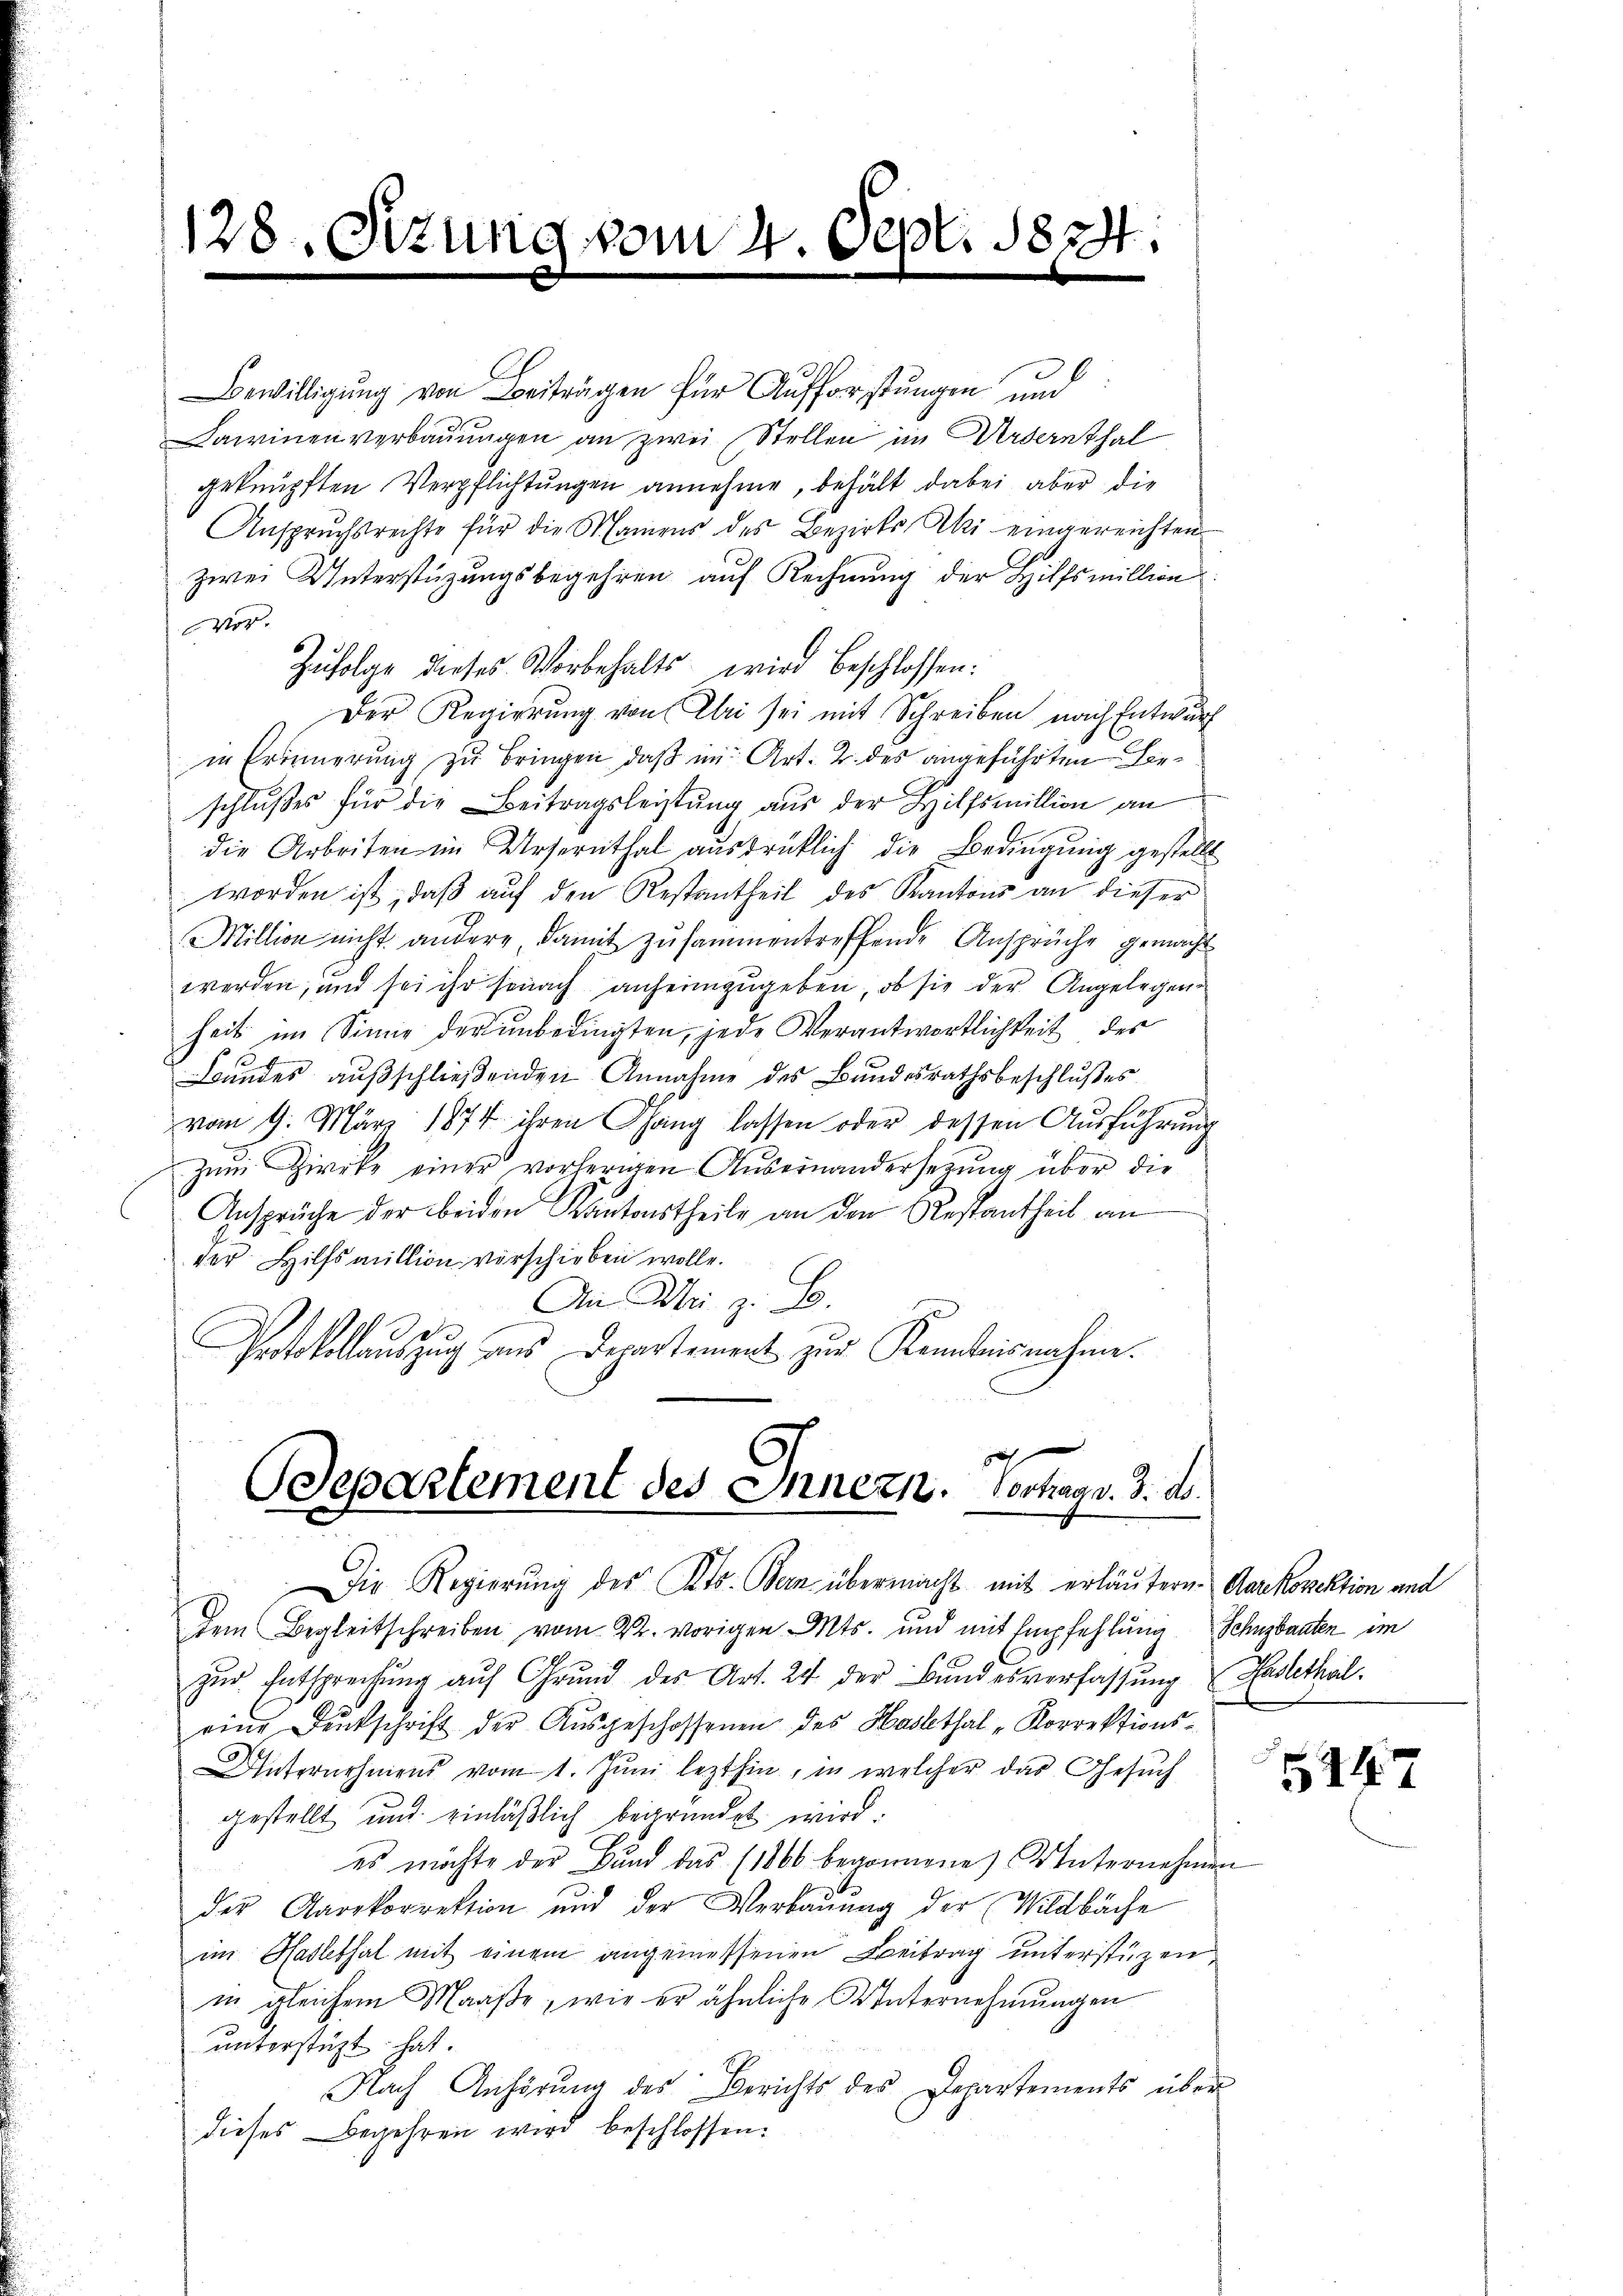
Bewilligung von Beiträgen für Aufforstungen und
Darinen verbauungen an zwei Stellen im Werdernthal
geknüpften Verpflichtungen annehme, behält dabei aber die
Anspruchsrechte für die Mamens des Bezirkski eingereichten
zwei Unterstüzungsbegehren auf Rechnung der Hilfsmillion
Vor.
Zufolge dieses Vorbehalts wird beschlossen:
Der Regierung von Uri sei mit Schreiben nach Entwurf
in Erinnerung zu bringen, daß im Art. 2. des angeführten Beschlußes für die Beitragsleistung aus der Hilfsmillion an
die Arbeiten im Ursernthal ausdrüklich die Bedingung gestellt
worden ist, daß auf den Restantheil des Kantons an dieser
Million nicht andere damit zusammentreffende Ansprüche gemacht
werden, und sei ihr sonach anheimzugeben, ob sie der Angelegen
heit im Sinne der unbedingten, jede Verantwortlichkeit des
3.
Bundes ausschließenden Annahme des Bundesrathsbeschlußes
vom 9. März 1874 ihren Gang lassen oder dessen Aŭsführŭng
zŭm Zirke einer vorherigen Auseinandersetzung über die
Ansprüche der beiden Kantonstheile an den Restantheit an
der Hilfsmittion verschieben wolle.
An Mai z. B.
d
Protokollauszug aus Departement zur Kenntnisnahme.

128. Sitzung vom 4. Sept. 1824.

Soepartement des Innern. Vortragn. 3. d.

Die Regierung des Kts. Bern übermacht mit erläutern. Markorektion und
dem Begleitschreiben vom 22. vorigen Mts. und mit Empfehlung Schnzbauten im
zur Entsprechung auf Grund des Art. 24 der Bundesverfassung Haslethal
eine Duckschrift der Aŭsgeschossenen des Haslethal -Korrektions-
Unternehmens vom 1. Jŭni lezthin, in welcher das Gesuch
gestellt und einläßlich begründet wird.
es möchte der Bŭnd das (1866 begonnene Unternehmen
der Aarekorrektion und der Verbauung der Wildbäche
im Hadlethal mit einem angemessenen Beitrag unterstüzen,
in gleichem Maaße, wie er ähnliche Unternehmungen
unterstüzt hat.
Nach Anhörung des Berichts des Departements über
dieses Begehren wird beschlossen.

147